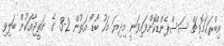
އިބްރަހަމޮވިޗް ސަސްޕެންޑްކޮށްފައިވަނީ މިދިޔަ މަހު ބޯޑޯ އަތުން 2-3 ގެ ނަތީޖާއަކުން ބަލިވި